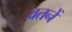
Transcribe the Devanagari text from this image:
वतनें